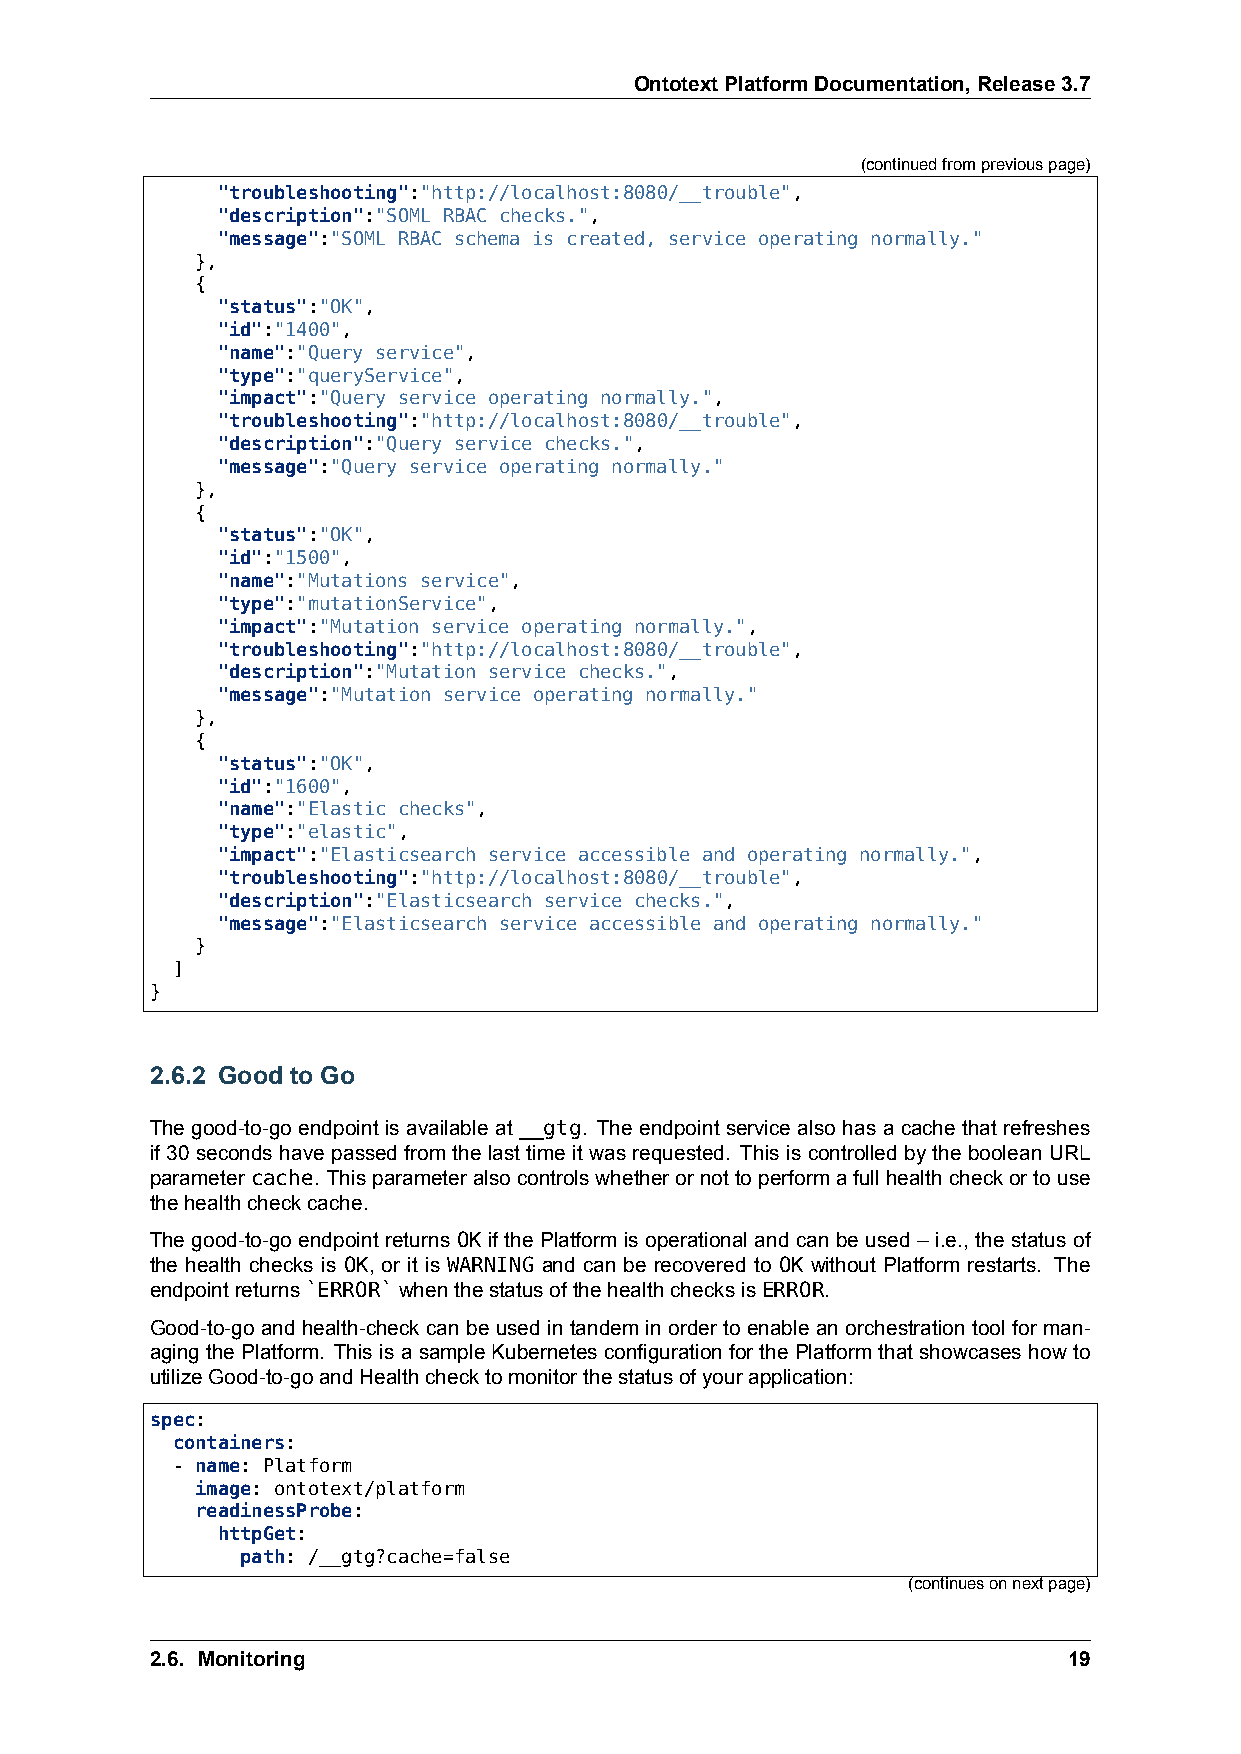
OntotextPlatformDocumentation,Release3.7
 (continuedfrompreviouspage)
 "troubleshooting":"http://localhost:8080/__trouble",
 "description":"SOML RBAC checks.",
 "message":"SOML RBAC schema is created, service operating normally."
 },
 {
 "status":"OK",
 "id":"1400",
 "name":"Query service",
 "type":"queryService",
 "impact":"Query service operating normally.",
 "troubleshooting":"http://localhost:8080/__trouble",
 "description":"Query service checks.",
 "message":"Query service operating normally."
 },
 {
 "status":"OK",
 "id":"1500",
 "name":"Mutations service",
 "type":"mutationService",
 "impact":"Mutation service operating normally.",
 "troubleshooting":"http://localhost:8080/__trouble",
 "description":"Mutation service checks.",
 "message":"Mutation service operating normally."
 },
 {
 "status":"OK",
 "id":"1600",
 "name":"Elastic checks",
 "type":"elastic",
 "impact":"Elasticsearch service accessible and operating normally.",
 "troubleshooting":"http://localhost:8080/__trouble",
 "description":"Elasticsearch service checks.",
 "message":"Elasticsearch service accessible and operating normally."
 }
 ]
 }
 2.6.2 Good to Go
 The good-to-go endpoint is available at __gtg. The endpoint service also has a cache that refreshes
 if 30 seconds have passed from the last time it was requested. This is controlled by the boolean URL
 parameter cache. Thisparameteralsocontrolswhetherornottoperformafullhealthcheckortouse
 thehealthcheckcache.
 The good-to-go endpoint returns OK if the Platform is operational and can be used – i.e., the status of
 the health checks is OK, or it is WARNING and can be recovered to OK without Platform restarts. The
 endpointreturns`ERROR`whenthestatusofthehealthchecksisERROR.
 Good-to-go and health-check can be used in tandem in order to enable an orchestration tool for man-
 agingthe Platform. This isa sample Kubernetesconfiguration forthe Platformthat showcaseshow to
 utilizeGood-to-goandHealthchecktomonitorthestatusofyourapplication:
 spec:
 containers:
 - name: Platform
 image: ontotext/platform
 readinessProbe:
 httpGet:
 path: /__gtg?cache=false
 (continuesonnextpage)
 2.6. Monitoring                                              19